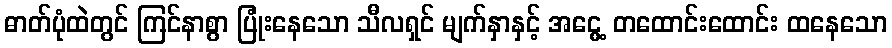
ဓာတ်ပုံထဲတွင် ကြင်နာစွာ ပြုံးနေသော သီလရှင် မျက်နှာနှင့် အငွေ့ တထောင်းထောင်း ထနေသော